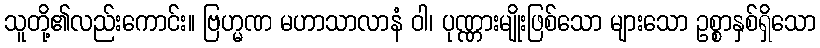
သူတို့၏လည်းကောင်း။ ဗြဟ္မဏ မဟာသာလာနံ ဝါ၊ ပုဏ္ဏားမျိုးဖြစ်သော များသော ဥစ္စာနှစ်ရှိသော